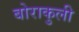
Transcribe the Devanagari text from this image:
बोराकुली